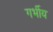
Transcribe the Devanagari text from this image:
गर्भीय